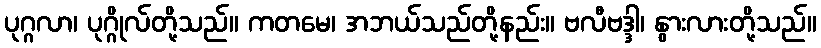
ပုဂ္ဂလာ၊ ပုဂ္ဂိုလ်တို့သည်။ ကတမေ၊ အဘယ်သည်တို့နည်း။ ဗလီဗဒ္ဒါ၊ နွားလားတို့သည်။